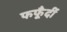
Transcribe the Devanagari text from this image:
फफूँदीं